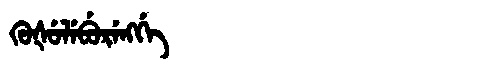
Manchu: ᡴᡠᡧᡠᠯᡝᠪᡠᡵᡝᠩᡤᡝ
Romanization: KUŠULEBURENGGE